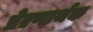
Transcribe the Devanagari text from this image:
प्रेऱणार्थक